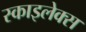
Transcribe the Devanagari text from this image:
स्काइलेक्स